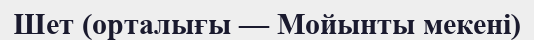
Шет (орталығы — Мойынты мекені)